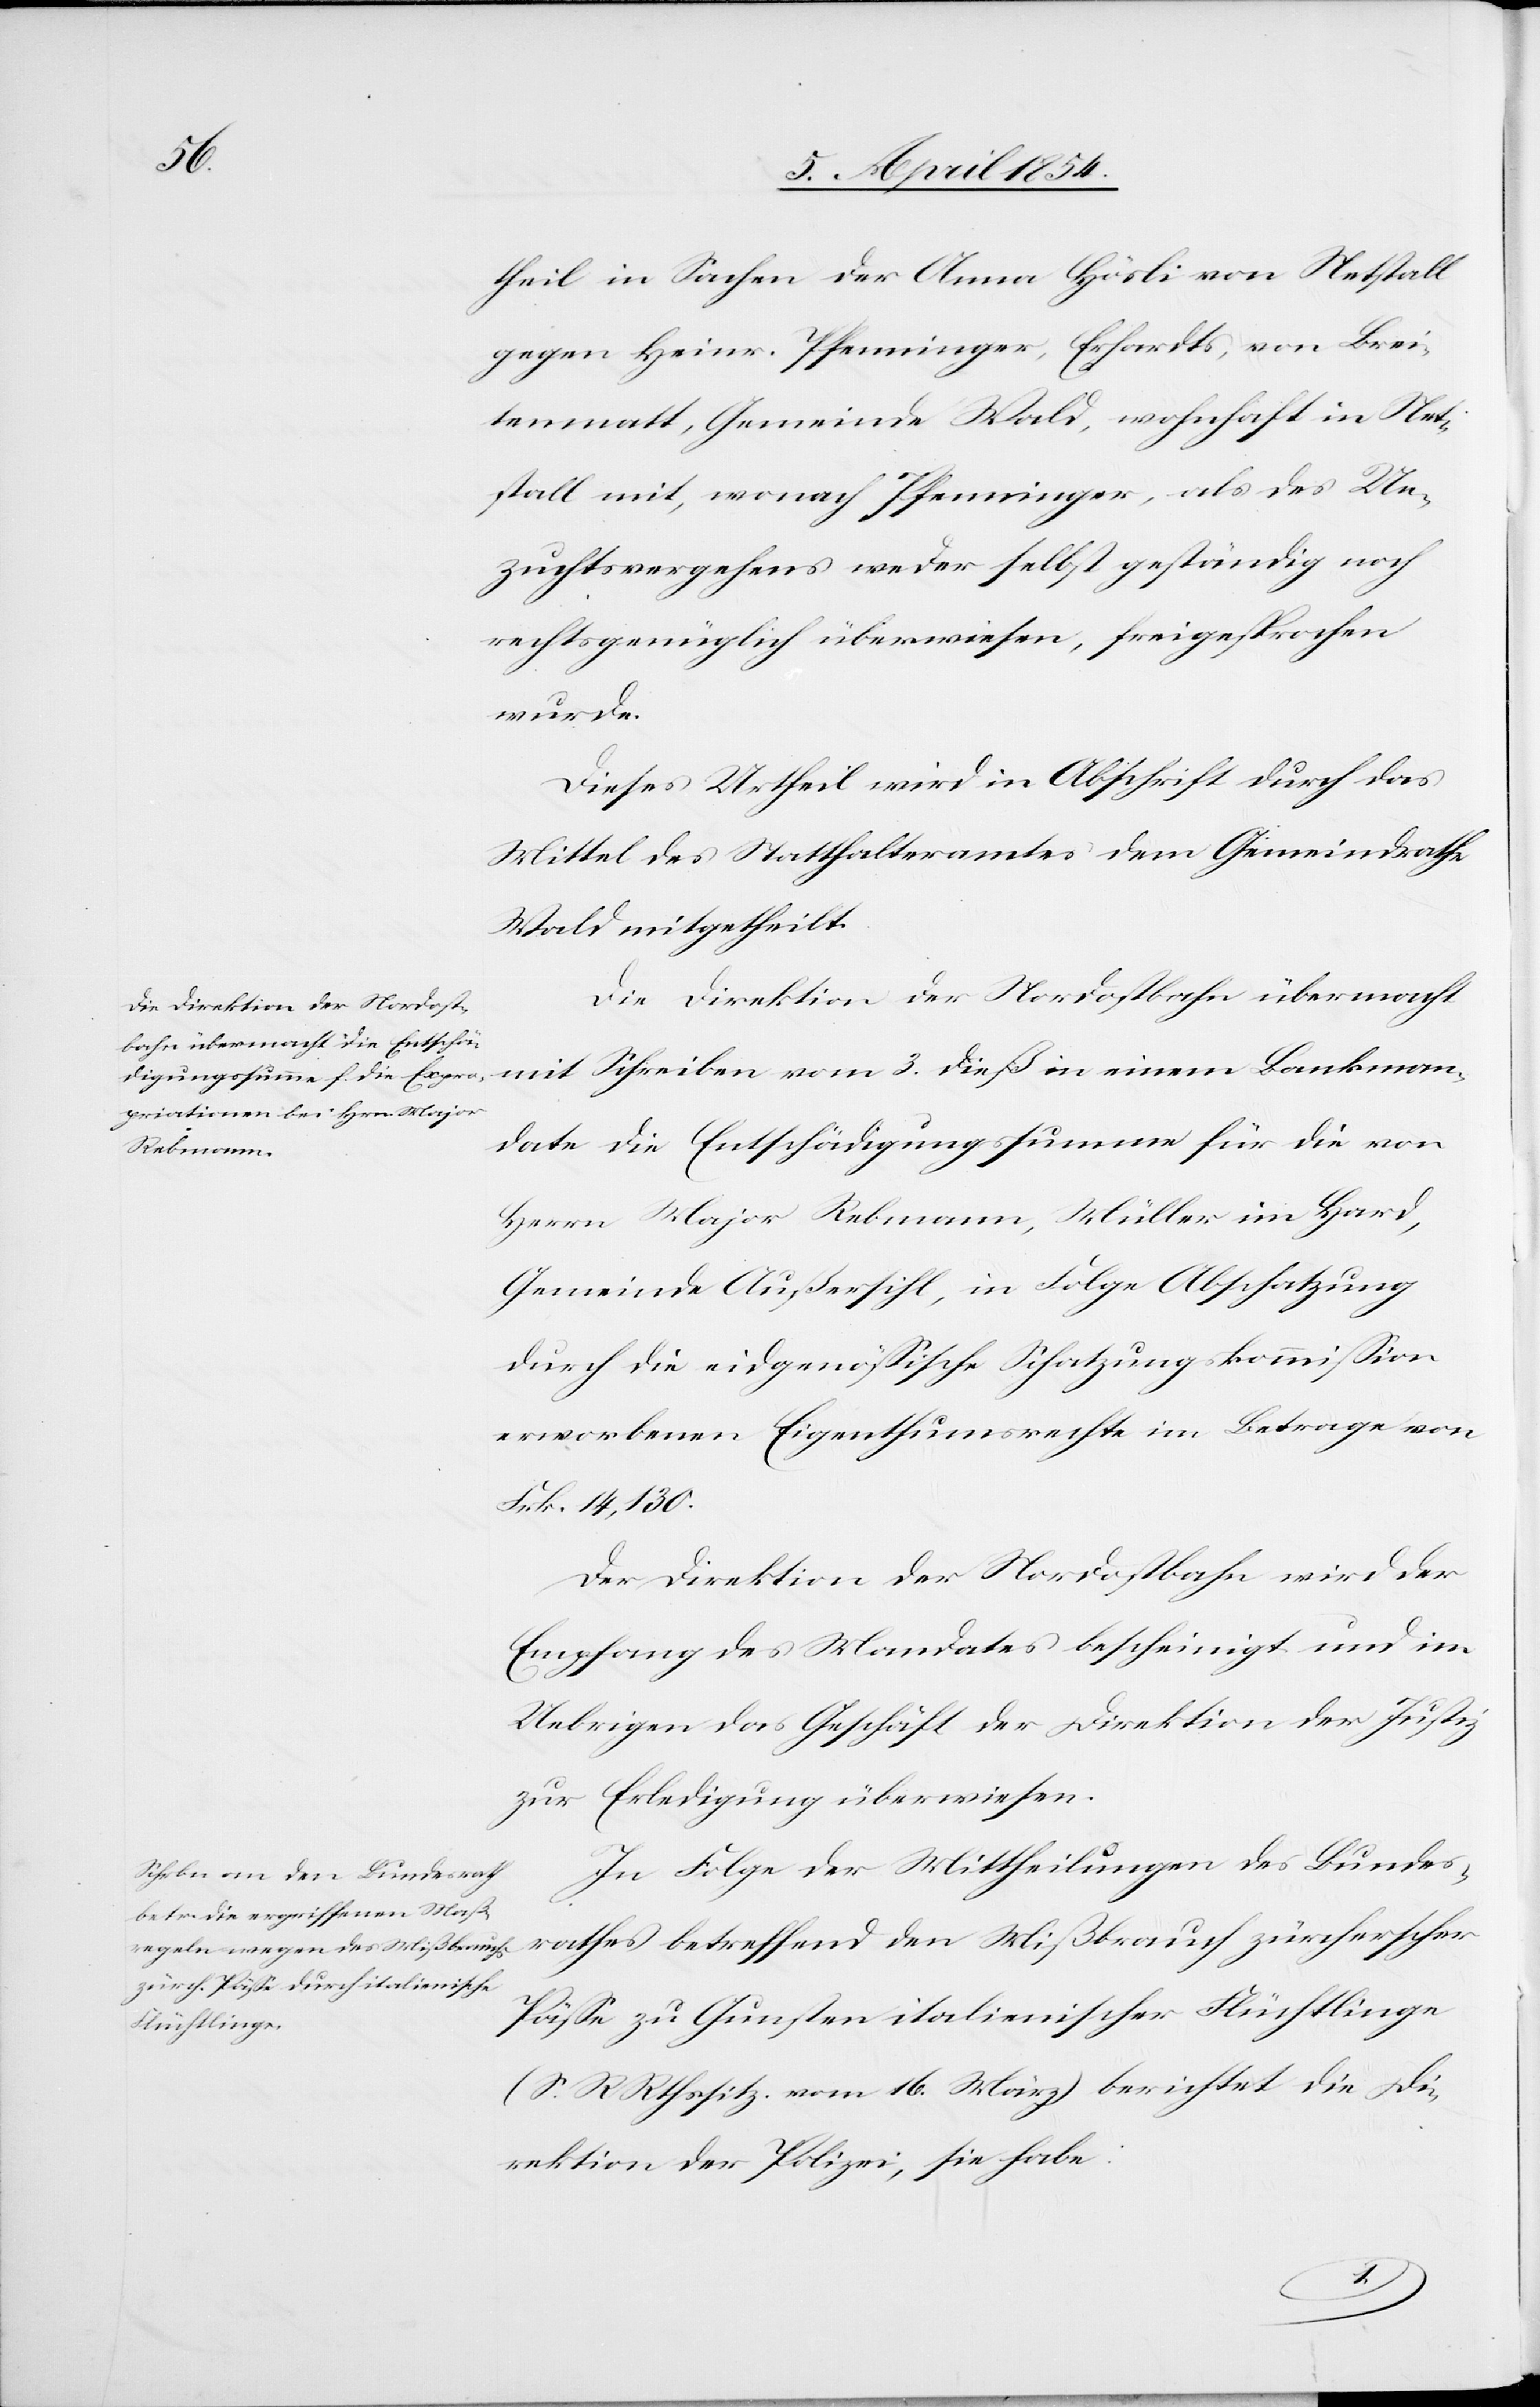
theil in Sachen der Anna Hösli von Netstall
gegen Heinr. Pfenninger, Erhardts, von Brei¬
tenmatt, Gemeinde Wald, wohnhaft in Net¬
stall mit, wonach Pfenninger, als des Un¬
zuchtsvergehens weder selbst geständig noch
rechtsgenüglich überwiesen, freigesprochen
wurde.
Dieses Urtheil wird in Abschrift durch das
Mittel des Statthalteramtes dem Gemeindrathe
Wald mitgetheilt.
Die Direktion der Nordostbahn übermacht
mit Schreiben vom 3. dieß in einem Bankman¬
date die Entschädigungssumme für die von
Herrn Major Rebmann, Müller im Hard,
Gemeinde Außersihl, in Folge Abschatzung
durch die eidgenößische Schatzungskommißion
erworbenen Eigenthumsrechte im Betrage von
Frk. 14,130.
Der Direktion der Nordostbahn wird der
Empfang des Mandates bescheinigt und im
Uebrigen das Geschäft der Direktion der Justiz
zur Erledigung überwiesen.
In Folge der Mittheilungen des Bundes¬
rathes betreffend den Mißbrauch zürcherischer
Päße zu Gunsten italienischer Flüchtlinge
(S. RRthssitz. vom 16. März) berichtet die Di¬
rektion der Polizei, sie habe: